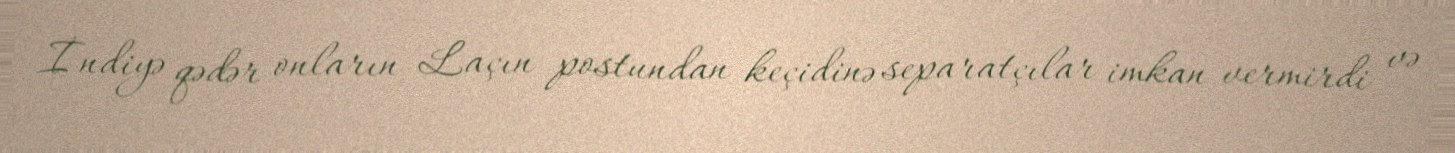
İndiyə qədər onların Laçın postundan keçidinə separatçılar imkan vermirdi və